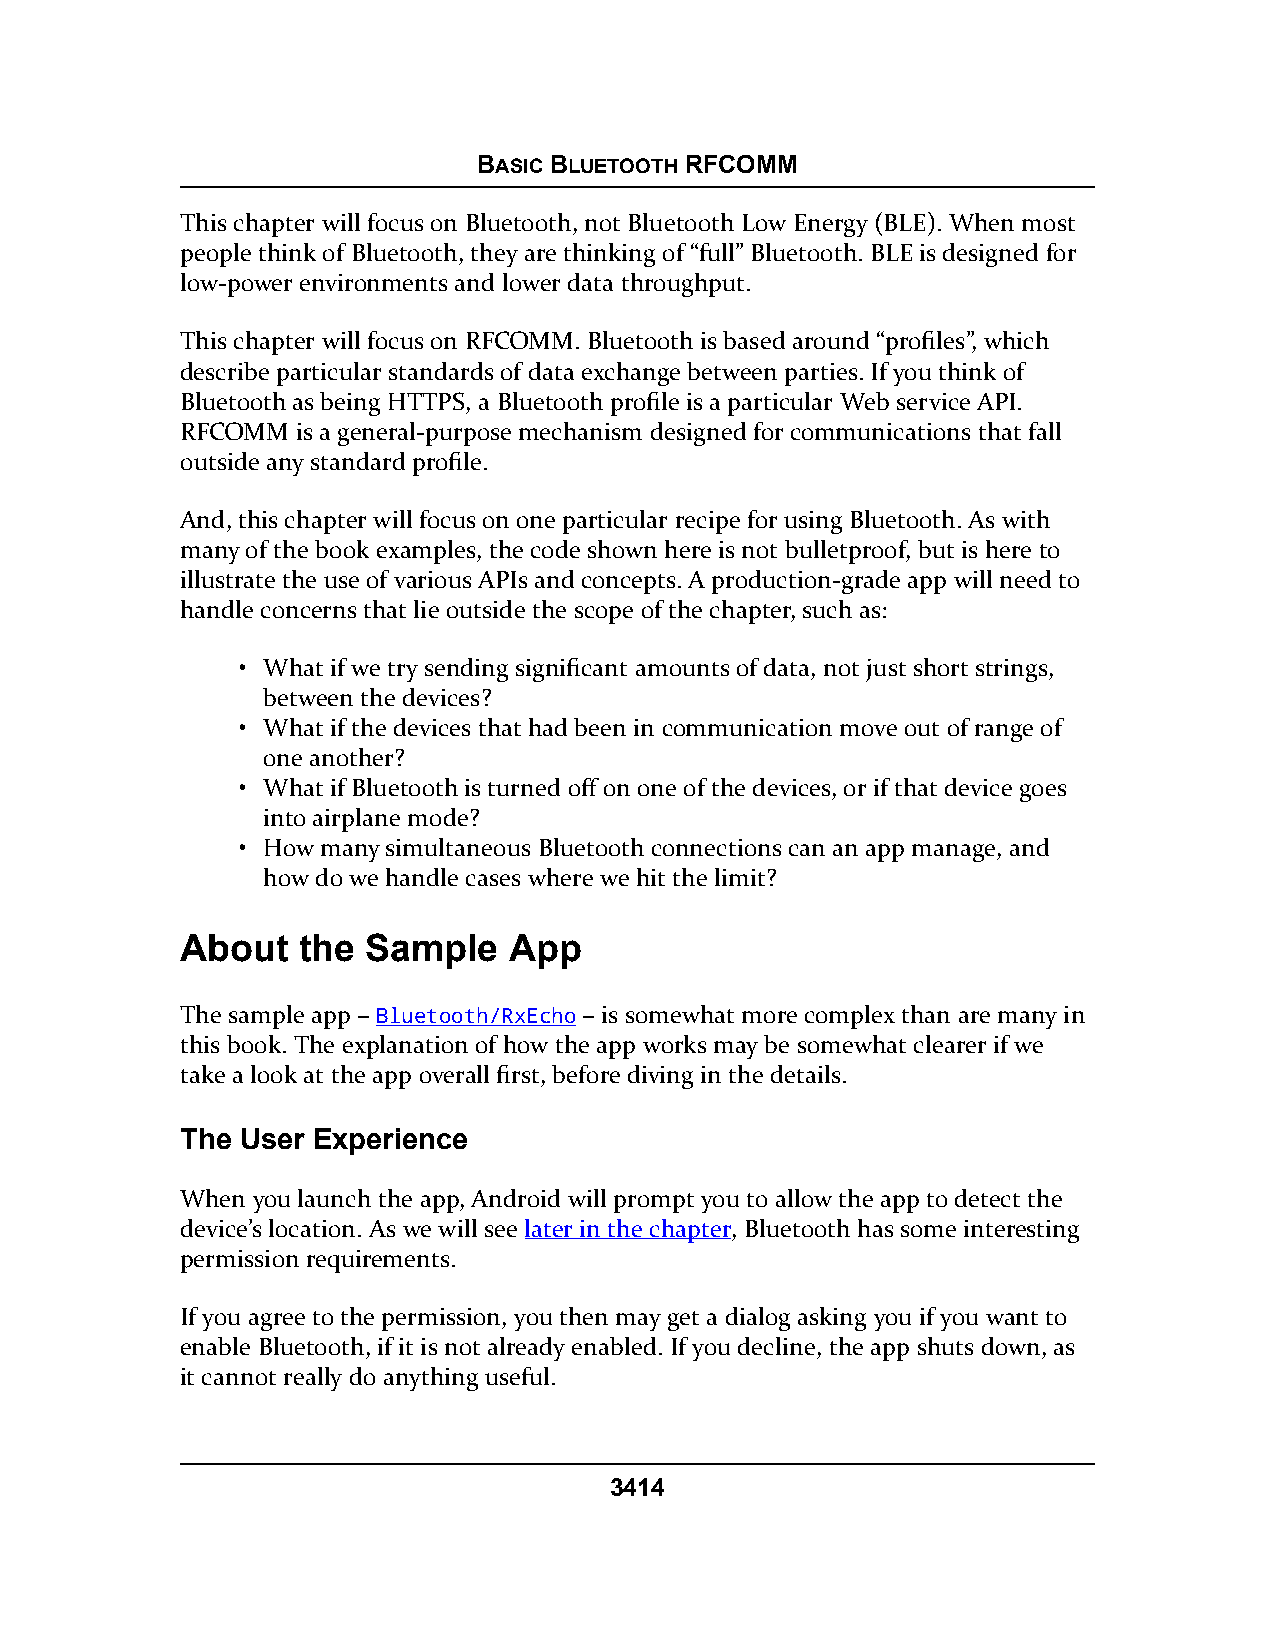
BASIC BLUETOOTH RFCOMM
 This chapter will focus on Bluetooth, not Bluetooth Low Energy (BLE). When most
 people think of Bluetooth, they are thinking of “full” Bluetooth. BLE is designed for
 low-power environments and lower data throughput.
 This chapter will focus on RFCOMM. Bluetooth is based around “profiles”, which
 describe particular standards of data exchange between parties. If you think of
 Bluetooth as being HTTPS, a Bluetooth profile is a particular Web service API.
 RFCOMM  is a general-purpose mechanism designed for communications that fall
 outside any standard profile.
 And, this chapter will focus on one particular recipe for using Bluetooth. As with
 many of the book examples, the code shown here is not bulletproof, but is here to
 illustrate the use of various APIs and concepts. A production-grade app will need to
 handle concerns that lie outside the scope of the chapter, such as:
 • What if we try sending significant amounts of data, not just short strings,
 between the devices?
 • What if the devices that had been in communication move out of range of
 one another?
 • What if Bluetooth is turned off on one of the devices, or if that device goes
 into airplane mode?
 • How many simultaneous Bluetooth connections can an app manage, and
 how do we handle cases where we hit the limit?
 About   the Sample    App
 The sample app – Bluetooth/RxEcho – is somewhat more complex than are many in
 this book. The explanation of how the app works may be somewhat clearer if we
 take a look at the app overall first, before diving in the details.
 The User Experience
 When you launch the app, Android will prompt you to allow the app to detect the
 device’s location. As we will see later in the chapter, Bluetooth has some interesting
 permission requirements.
 If you agree to the permission, you then may get a dialog asking you if you want to
 enable Bluetooth, if it is not already enabled. If you decline, the app shuts down, as
 it cannot really do anything useful.
 3414